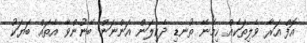
އޮފް އަރާ ވެލިތަކެއް ހިމެނޭ ތުނޑި ދެކިލަން އަންނަން ބޭނުންވާ އެތައް ބަޔަކު